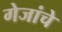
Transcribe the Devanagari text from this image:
गेजांचे